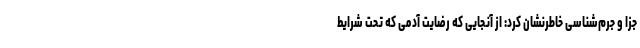
جزا و جرم‌شناسی خاطرنشان کرد: از آنجایی که رضایت آدمی که تحت شرایط